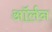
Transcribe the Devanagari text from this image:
ऑर्लन